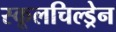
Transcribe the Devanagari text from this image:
स्कूलचिल्ड्रेन